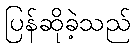
ပြန်ဆိုခဲ့သည်